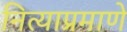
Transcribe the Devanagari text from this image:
नित्याप्रमाणे